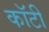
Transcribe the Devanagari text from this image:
कॉटी